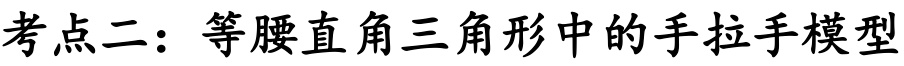
考点二：等腰直角三角形中的手拉手模型